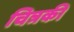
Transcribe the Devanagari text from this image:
चित्रकी